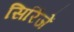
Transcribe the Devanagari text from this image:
सिरिंजें